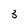
Character: 3